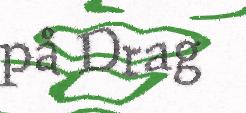
på Drag